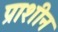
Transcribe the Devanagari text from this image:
प्राशीन